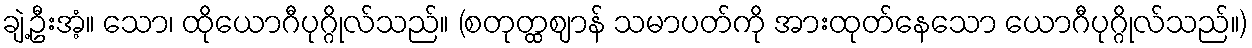
ချဲ့ဦးအံ့။ သော၊ ထိုယောဂီပုဂ္ဂိုလ်သည်။ (စတုတ္ထဈာန် သမာပတ်ကို အားထုတ်နေသော ယောဂီပုဂ္ဂိုလ်သည်။)